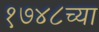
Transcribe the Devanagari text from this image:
१७४८च्या